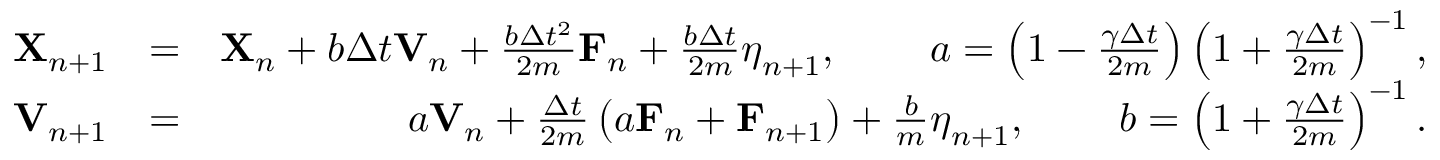
\begin{array} { r l r } { \mathbf { X } _ { n + 1 } } & { = } & { \mathbf { X } _ { n } + b \Delta { t } \mathbf { V } _ { n } + \frac { b \Delta { t } ^ { 2 } } { 2 m } \mathbf { F } _ { n } + \frac { b \Delta { t } } { 2 m } \boldsymbol { \eta } _ { n + 1 } , \; \; \; \; \; \; \; \; a = \left( { 1 - \frac { \gamma \Delta { t } } { 2 m } } \right) \left( { 1 + \frac { \gamma \Delta { t } } { 2 m } } \right) ^ { - 1 } , } \\ { \mathbf { V } _ { n + 1 } } & { = } & { a \mathbf { V } _ { n } + \frac { \Delta { t } } { 2 m } \left( a \mathbf { F } _ { n } + \mathbf { F } _ { n + 1 } \right) + \frac { b } { m } \boldsymbol { \eta } _ { n + 1 } , \; \; \; \; \; \; \; \; b = \left( { 1 + \frac { \gamma \Delta { t } } { 2 m } } \right) ^ { - 1 } . } \end{array}